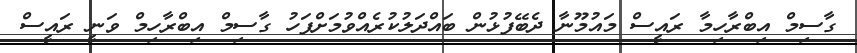
ގާސިމް އިބްރާހިމާ ރައީސް މައުމޫނާ ދެބޭފުޅުން ބައްދަލުކުރެއްވުމަށްފަހު ގާސިމް އިބްރާހިމް ވަނީ ރައީސް